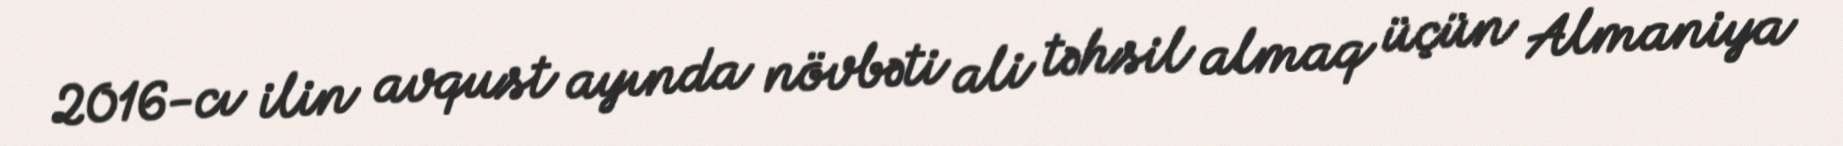
2016-cı ilin avqust ayında növbəti ali təhsil almaq üçün Almaniya